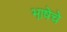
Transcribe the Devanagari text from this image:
भा़षेचे